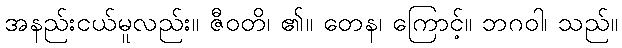
အနည်းငယ်မူလည်း။ ဇီဝတိ၊ ၏။ တေန၊ ကြောင့်။ ဘဂဝါ၊ သည်။